Source: Handwritten
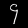
Digit: ၄ (4)